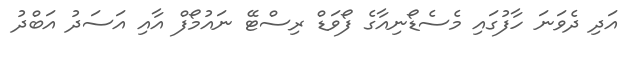
އަދި ދެވަނަ ހާފުގައި މެސެޑޯނިއާގެ ފޯވަޑް ރިސްޓޭ ނައުމޯފް އާއި އަސަދު އަބްދު